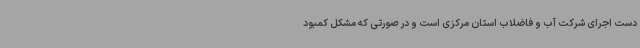
دست اجرای شرکت آب و فاضلاب استان مرکزی است و در صورتی که مشکل کمبود